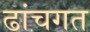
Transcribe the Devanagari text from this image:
ढांचगत